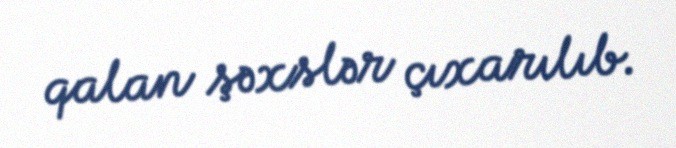
qalan şəxslər çıxarılıb.